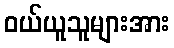
ဝယ်ယူသူများအား